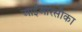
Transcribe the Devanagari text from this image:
आईआरसीका